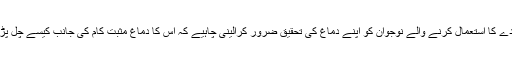
شادی کے موقع پر کارڈ کی جگہ پودے کا استعمال کرنے والے نوجوان کو اپنے دماغ کی تحقیق ضرور کرالینی چاہیے کہ اس کا دماغ مثبت کام کی جانب کیسے چل پڑا جبکہ تحقیق تو اسکے برعکس ہے۔